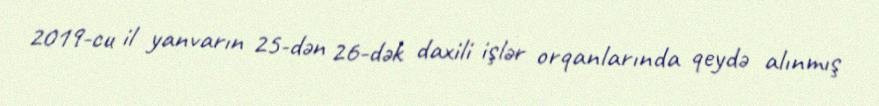
2019-cu il yanvarın 25-dən 26-dək daxili işlər orqanlarında qeydə alınmış